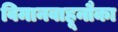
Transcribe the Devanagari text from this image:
विमानवाहूनौका